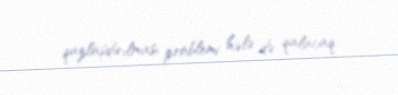
qazlaşdırılması problemi hələ də qalacaq.